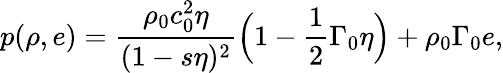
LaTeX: p(\rho,e)=\frac{\rho_{0}c_{0}^{2}\eta}{(1-s\eta)^{2}}\Big(1-\frac{1}{2}\Gamma_{0}\eta\Big)+\rho_{0}\Gamma_{0}e,